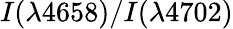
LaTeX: I(\lambda 4658)/I(\lambda 4702)